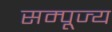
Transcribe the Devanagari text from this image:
सम्पूज्य